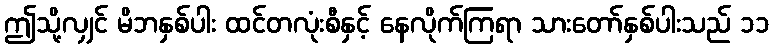
ဤသို့လျှင် မိဘနှစ်ပါး ထင်တလုံးစီနှင့် နေလိုက်ကြရာ သားတော်နှစ်ပါးသည် ၁၁